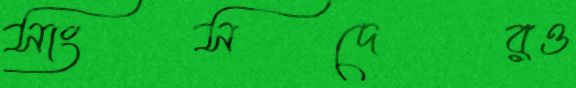
সাংসদেরও